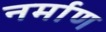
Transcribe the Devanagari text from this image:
नर्माण